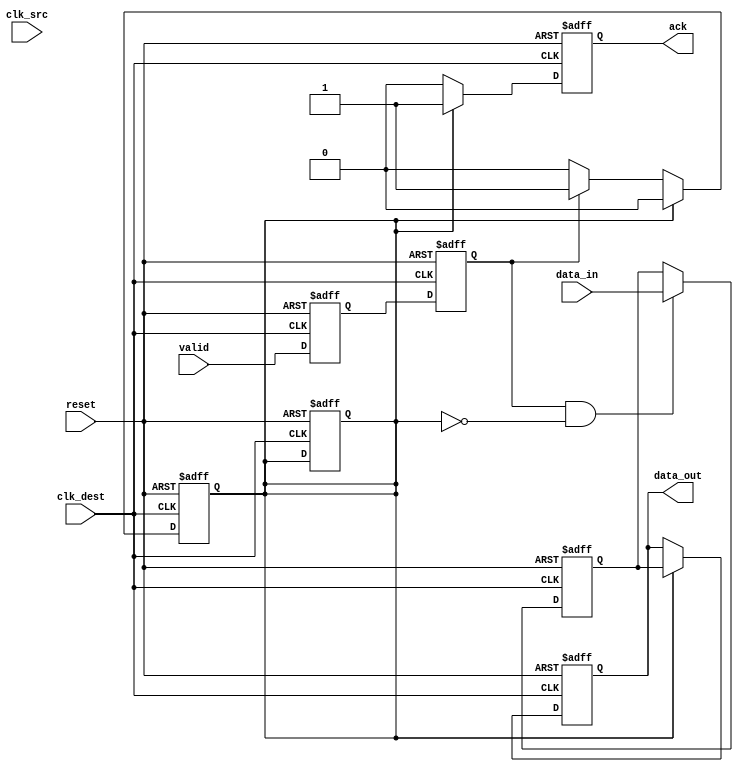
module MemoryBlocksHandshakeSynchronizer #(
    parameter DATA_WIDTH = 8 // Parameter for data width
)(
    input  wire           clk_src,     // Source clock
    input  wire           clk_dest,    // Destination clock
    input  wire [DATA_WIDTH-1:0] data_in, // Data input from source clock domain
    input  wire           valid,       // Valid signal indicating data_in is valid
    output reg  [DATA_WIDTH-1:0] data_out, // Synchronized data output to destination clock domain
    output reg           ack,         // Acknowledgment signal from destination clock domain
    input  wire           reset        // Reset signal
);

// Internal signals
reg valid_sync_1, valid_sync_2; // Synchronization registers for valid signal
reg [DATA_WIDTH-1:0] data_buffer; // Buffer for data
reg ack_internal; // Internal acknowledgment signal

// Dual Flip-Flop Synchronizer for valid signal
always @(posedge clk_dest or posedge reset) begin
    if (reset) begin
        valid_sync_1 <= 1'b0;
        valid_sync_2 <= 1'b0;
    end else begin
        valid_sync_1 <= valid;
        valid_sync_2 <= valid_sync_1;
    end
end

// Handshake Logic
always @(posedge clk_dest or posedge reset) begin
    if (reset) begin
        data_out <= {DATA_WIDTH{1'b0}};
        ack <= 1'b0;
        data_buffer <= {DATA_WIDTH{1'b0}};
        ack_internal <= 1'b0;
    end else begin
        // If valid data is received and ack is not asserted
        if (valid_sync_2 && !ack_internal) begin
            data_buffer <= data_in; // Store incoming data
        end

        // If ack is high, update data_out and assert ack
        if (ack_internal) begin
            data_out <= data_buffer; // Transfer buffered data to output
            ack <= 1'b1; // Acknowledge that data_out has been processed
        end else begin
            ack <= 1'b0; // Clear ack if not processed
        end
    end
end

// Acknowledgment Logic
always @(posedge clk_dest or posedge reset) begin
    if (reset) begin
        ack_internal <= 1'b0;
    end else begin
        // Acknowledge the reception of data_out
        if (ack_internal) begin
            ack_internal <= 1'b0; // Reset ack_internal after processing
        end else if (valid_sync_2) begin
            ack_internal <= 1'b1; // Set ack_internal when valid data is received
        end
    end
end

endmodule